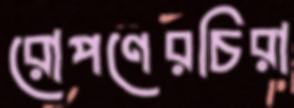
রোপণেরচিরা